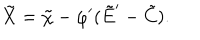
LaTeX: \tilde { X } = \tilde { \chi } - \varphi ^ { \prime } ( \tilde { E } ^ { \prime } - \tilde { C } ) .